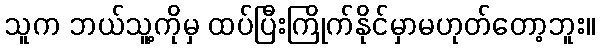
သူက ဘယ်သူ့ကိုမှ ထပ်ပြီးကြိုက်နိုင်မှာမဟုတ်တော့ဘူး။